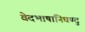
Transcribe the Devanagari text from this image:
वेदभाषानिघण्टु